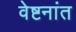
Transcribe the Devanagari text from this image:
वेष्टनांत